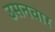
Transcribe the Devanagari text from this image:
उसनवार